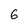
Character: 6